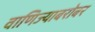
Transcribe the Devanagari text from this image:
वाणिज्याबरोबर